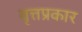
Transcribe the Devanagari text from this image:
वृत्तप्रकार